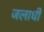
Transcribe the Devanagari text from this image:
जलाधी